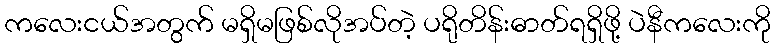
ကလေးငယ်အတွက် မရှိမဖြစ်လိုအပ်တဲ့ ပရိုတိန်းဓာတ်ရရှိဖို့ ပဲနီကလေးကို